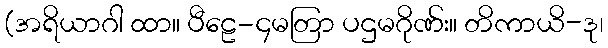
(အရိယာဂါ ထာ။ ပီဠေ-၄မတြာ ပဌမဂိုဏ်း။ တိကာယိ-ဒု၊